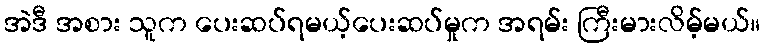
အဲဒီ အစား သူက ပေးဆပ်ရမယ့်ပေးဆပ်မှုက အရမ်း ကြီးမားလိမ့်မယ်။